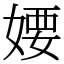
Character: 婹